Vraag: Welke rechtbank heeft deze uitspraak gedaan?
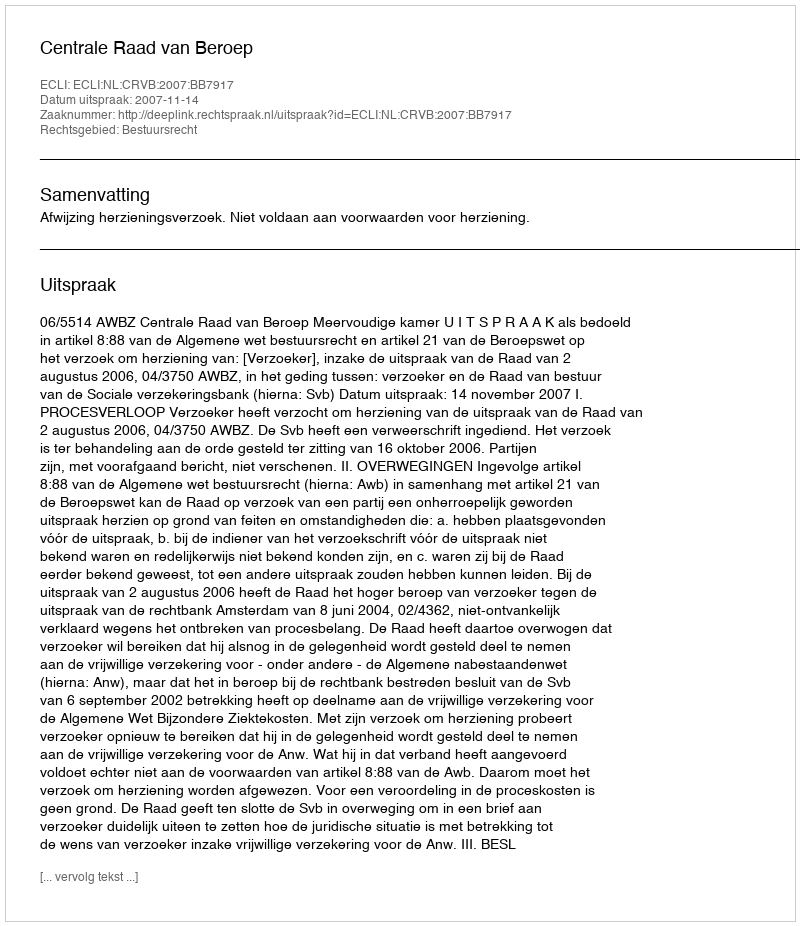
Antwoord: Centrale Raad van Beroep